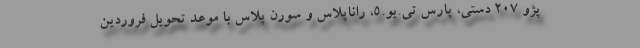
پژو ۲۰۷ دستی، پارس تی.یو.5، راناپلاس و سورن پلاس با موعد تحویل فروردین